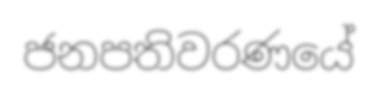
ජනපතිවරණයේ